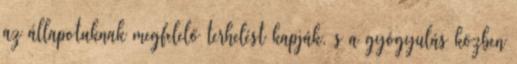
az állapotuknak megfelelő terhelést kapják, s a gyógyulás közben